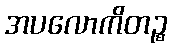
အပလောကိတဉ္စ